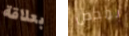
بعلاقة بمحض